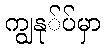
ကျွနု်ပ်မှာ